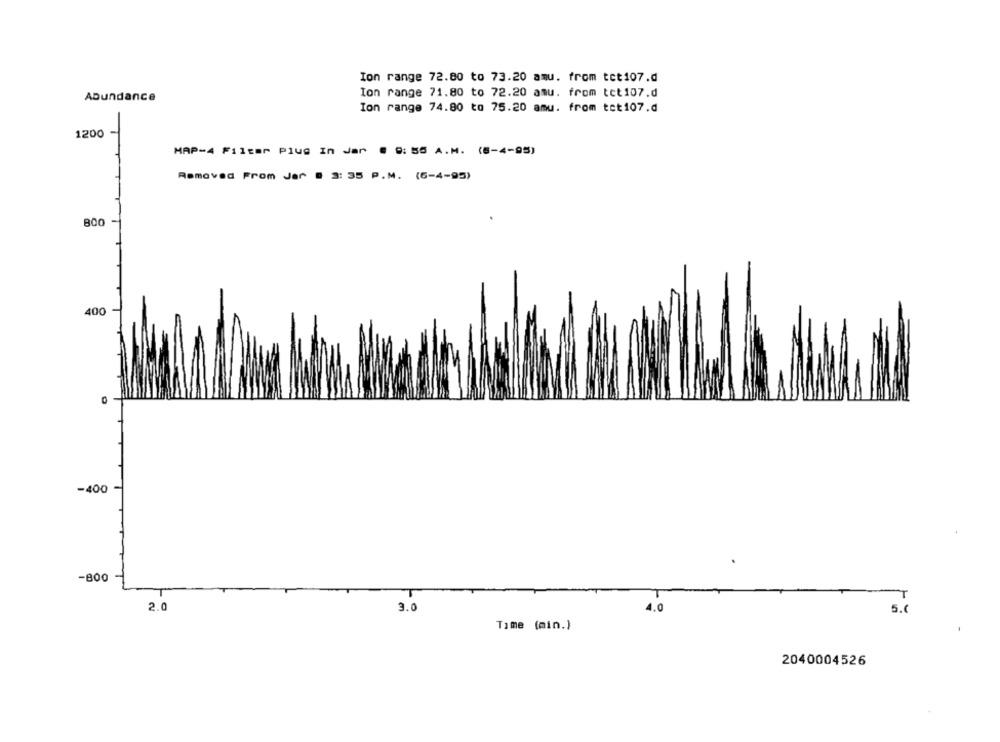
Ion range 72.80 to 73.20 amu. from tct107.d
Ion range 71.80 to 72.20 amu. from tet107.d
Abundance
Ion range 74.80 to 75.20 amu. from tot107.d
1200
MAP-4 Filter plug In Jar @ 9: 55 A.M. (8-4-95)
Removed From Jar @ 3: 35 P.M. (6-4-95)
800
400
0
-400
-800
2.0
3.0
5.6
Time (min.)
2040004526